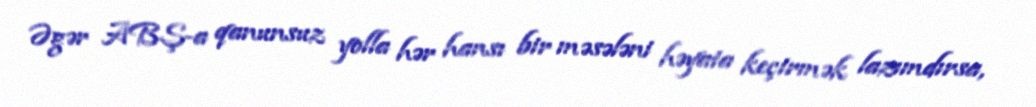
Əgər ABŞ-a qanunsuz yolla hər hansı bir məsələni həyata keçirmək lazımdırsa,